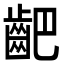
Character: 䶕